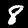
Label: 8